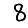
Digit: 8